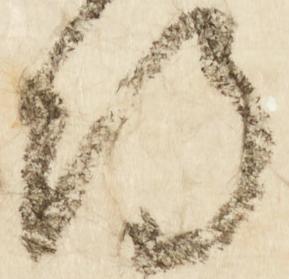
詩